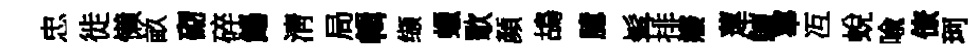
忠徙懒畝砌碎餳淸局輯缬蠟歜顏鴣臆髯排癈蓮鱣蕐冱蛻喩僚珂